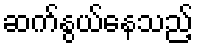
ဆက်နွယ်နေသည့်